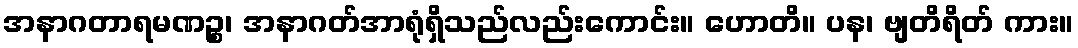
အနာဂတာရမဏဉ္စ၊ အနာဂတ်အာရုံရှိသည်လည်းကောင်း။ ဟောတိ။ ပန၊ ဗျတိရိတ် ကား။